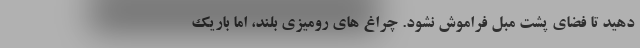
دهید تا فضای پشت مبل فراموش نشود. چراغ های رومیزی بلند، اما باریک